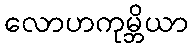
လောဟကုမ္ဘိယာ